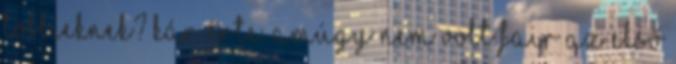
többieknek? Kár érte. Amúgy nem volt fair az első